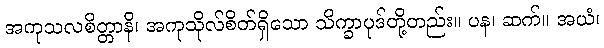
အကုသလစိတ္တာနိ၊ အကုသိုလ်စိတ်ရှိသော သိက္ခာပုဒ်တို့တည်း။ ပန၊ ဆက်။ အယံ၊